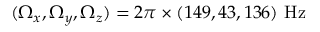
( \Omega _ { x } , \Omega _ { y } , \Omega _ { z } ) = 2 \pi \times ( 1 4 9 , 4 3 , 1 3 6 ) ~ \mathrm { { H z } }